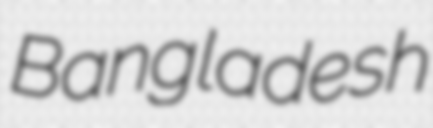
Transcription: Bangladesh